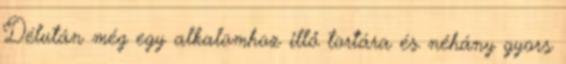
Délután még egy alkalomhoz illő tortára és néhány gyors